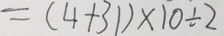
= ( 4 + 3 1 ) \times 1 0 \div 2